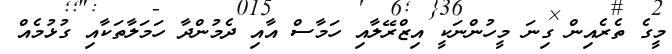
މީގެ ތެރެއިން ގިނަ މީހުންނަކީ އިޒްރޭލާއި ހަމާސް އާއި ދެމުންދާ ހަމަލާތަކާއި ގުޅުމެއް